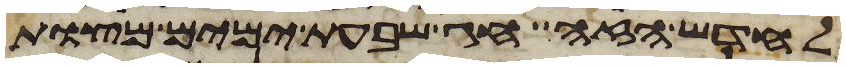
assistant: לחדש הזה חג שבעת ימים מצות